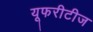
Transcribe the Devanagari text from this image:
यूफरीटीज